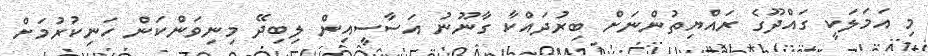
މި އަމަލަކީ ގައްދޫގެ ރައްޔިތުންނަށް ބިރުދައްކާ ގާނޫނު އަސާސީއިން ލިބިދޭ މިނިވަންކަން ހަނިކުރުމަށް